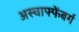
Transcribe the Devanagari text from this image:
अस्चाफ्फेंबर्ग